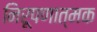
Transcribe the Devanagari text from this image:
निरूपणात्मक